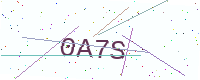
Text: 0A7S